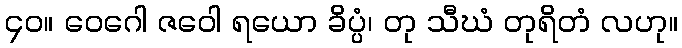
၄၀။ ဝေဂေါ ဇဝေါ ရယော ခိပ္ပံ၊ တု သီဃံ တုရိတံ လဟု။